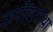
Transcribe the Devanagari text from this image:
कपोलकथा